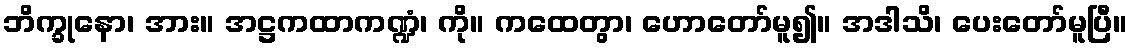
ဘိက္ခုနော၊ အား။ အဋ္ဌကထာကဏ္ဍံ၊ ကို။ ကထေတွာ၊ ဟောတော်မူ၍။ အဒါသိ၊ ပေးတော်မူပြီ။